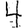
Digit: 4